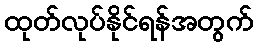
ထုတ်လုပ်နိုင်ရန်အတွက်